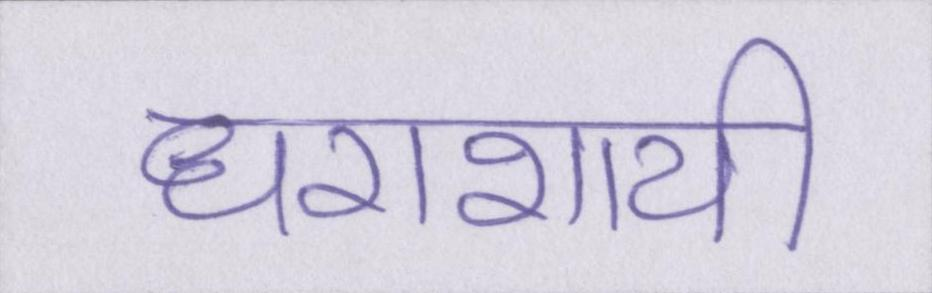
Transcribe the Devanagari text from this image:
धराशायी